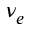
\nu _ { e }